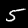
Label: 5